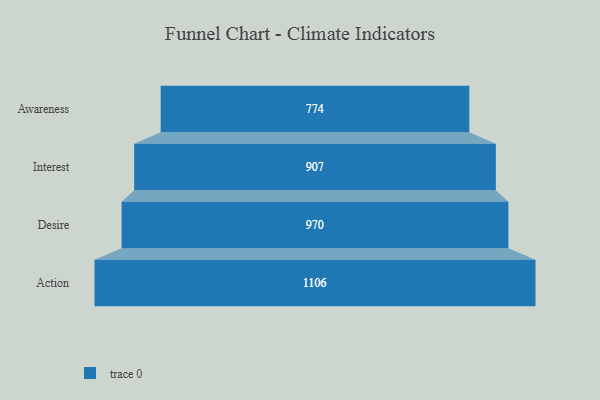
{"axis": {"x": "Stage", "y": "Value"}, "legend": [""], "data": [{"x": "Awareness", "y": 774.0, "type": ""}, {"x": "Interest", "y": 907.0, "type": ""}, {"x": "Desire", "y": 970.0, "type": ""}, {"x": "Action", "y": 1106.0, "type": ""}]}